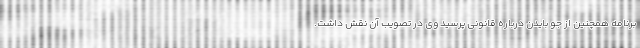
برنامه همچنین از جو بایدن درباره قانونی پرسید وی در تصویب آن نقش داشت.